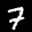
Label: 7